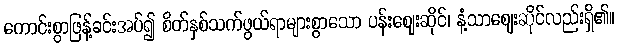
ကောင်းစွာဖြန့်ခင်းအပ်၍ စိတ်နှစ်သက်ဖွယ်ရာများစွာသော ပန်းဈေးဆိုင်၊ နံ့သာဈေးဆိုင်လည်းရှိ၏။